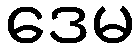
ဒေမ